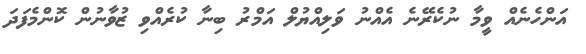
އަންހެނެއް ވީމާ ނުކެރޭނެ އެއްނު ވަލިއްޔުލް އަމްރު ބިނާ ކުރެއްވި ޒުވާނުން ކޮންމެފަދަ